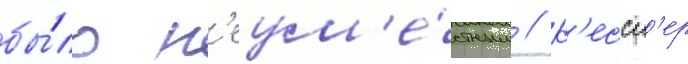
бы́ло н'еум'е́стным // К'ессл'ер